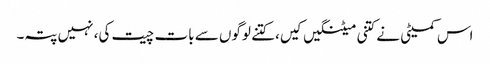
اس کمیٹی نے کتنی میٹنگیں کیں، کتنے لوگوں سے بات چیت کی، نہیں پتہ۔